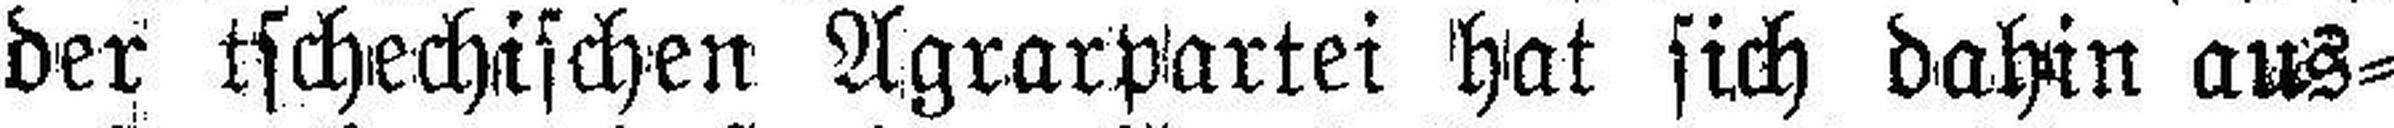
der tschechischen Agrarpartei hat sich dahin aus¬